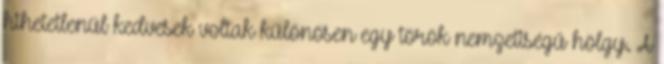
hihetetlenül kedvesek voltak különösen egy török nemzetiségű hölgy. A